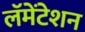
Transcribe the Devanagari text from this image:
लॅमेंटेशन